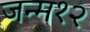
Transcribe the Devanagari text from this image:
जन्म१२